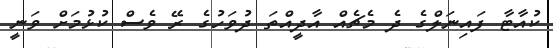
ކުއާޓާ ފައިނަލްގެ ދެ މެޗެއް އާދީއްތަ ދުވަހުގެ ރޭ ވެސް ކުޅުމަށް ވަނީ